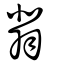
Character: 翡